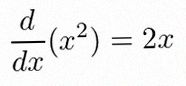
\frac{d}{dx}(x^2)=2x